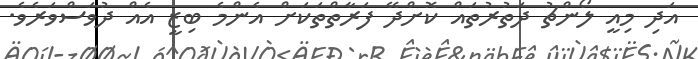
އަދި މިއީ ލޯންޗު ދަތުރުތައް ކޮށްދޭ ފަރާތްތަކަށް އެންމެ ބިޒީ އެއް ދުވަސްވަރެވެ.